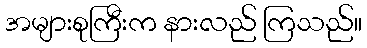
အများစုကြီးက နားလည် ကြသည်။